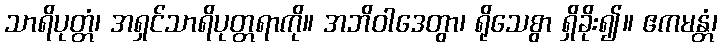
သာရိပုတ္တံ၊ အရှင်သာရိပုတ္တရာကို။ အဘိဝါဒေတွာ၊ ရိုသေစွာ ရှိခိုး၍။ ဧကမန္တံ၊